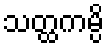
သတ္ထကမ္ပိ